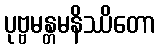
ပုဗ္ဗမန္တမနိဿိတော